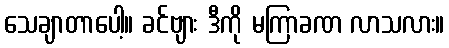
သေချာတာပေါ့။ ခင်ဗျား ဒီကို မကြာခဏ လာသလား။